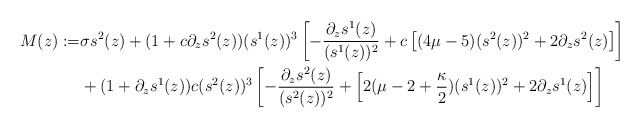
\begin{align*} M(z) := & \sigma s^2(z) + (1 + c \partial_z s^2(z)) (s^1(z))^3 \left[ - \frac{\partial_z s^1(z)}{ (s^1(z))^2} + c \left[ (4\mu -5)(s^2(z))^2 + 2\partial_z s^2(z)\right] \right] \\ & + (1 + \partial_z s^1(z)) c (s^2(z))^3 \left[ - \frac{\partial_z s^2(z)}{(s^2(z))^2} + \left[ 2(\mu - 2 + \frac{\kappa}{2})(s^1(z))^2 + 2 \partial_z s^1(z)\right] \right] \end{align*}